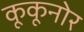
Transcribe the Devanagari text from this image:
कूकूनोर